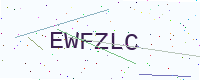
Text: EWFZLC